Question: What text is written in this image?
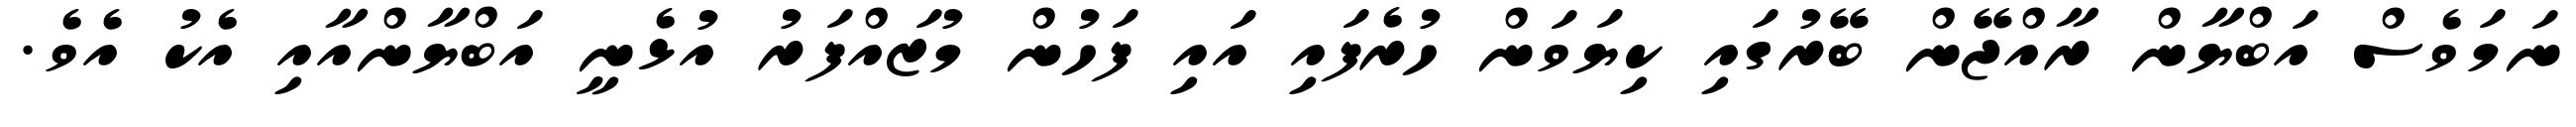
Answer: ނަމަވެސް އަބްޔާން ރާއްޖޭން ބޭރުގައި ކިޔަވަން ހުރެފައި އައި ފަހުން މުޒައްފަރު އުޅެނީ އަބްޔާންއާއި އެކު އެވެ.